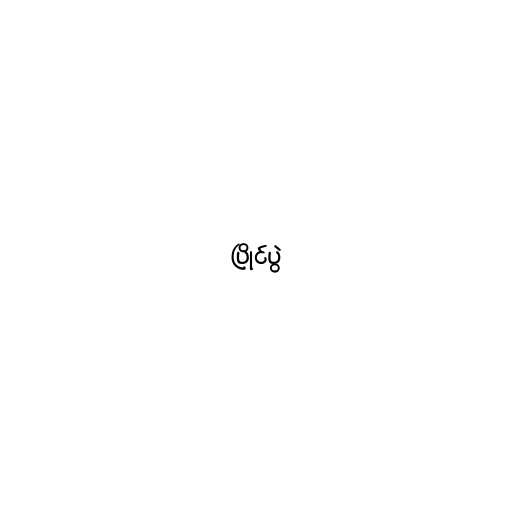
ပြိုင်ပွဲ